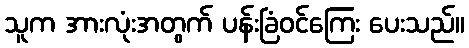
သူက အားလုံးအတွက် ပန်းခြံဝင်ကြေး ပေးသည်။